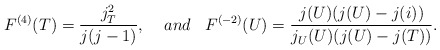
\begin{align*}F^{(4)}(T) = \frac{j_T^2}{j(j-1)},\;\;\;\;and\;\;\; F^{(-2)}(U)=\frac{j(U) (j(U) - j(i))}{j_U(U)(j(U) - j(T))}.\end{align*}